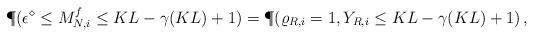
LaTeX: \begin{align*} \P(\epsilon^\diamond \leq M_{N, i}^f \leq KL - \gamma(KL) + 1) = \P(\varrho_{R, i} = 1, Y_{R, i}\leq KL - \gamma(KL) +1)\,,\end{align*}